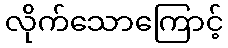
လိုက်သောကြောင့်